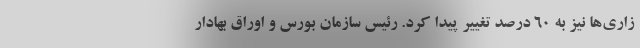
زاری‌ها نیز به ۶۰ درصد تغییر پیدا کرد. رئیس سازمان بورس و اوراق بهادار